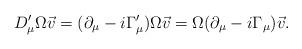
LaTeX: \begin{align*}D_\mu^\prime\Omega\vec{v}=(\partial_\mu-i\Gamma_\mu^\prime)\Omega\vec{v}=\Omega(\partial_\mu-i\Gamma_\mu)\vec{v}.\end{align*}